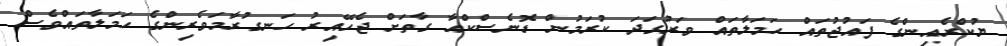
ޔުކްރެއިންގެ ފައުޖުތައް ހަމަލާތައް ވަރުގަދަ ކުރަމުން ޑޮނެސްކްއާ ގާތަށް ޖެހޭއިރު ހަނގުރާމަވެރިންގެ ހަމަލާތައްވެސް